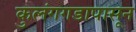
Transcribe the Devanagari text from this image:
कुलंगगडापासून